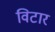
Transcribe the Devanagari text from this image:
विटार